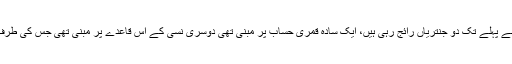
اس لیے کہ عرب میں حجۃ الوداع سے پہلے تک دو جنتریاں رائج رہی ہیں، ایک سادہ قمری حساب پر مبنی تھی دوسری نسی کے اس قاعدے پر مبنی تھی جس کی طرف آگے اسی سورہ میں اشارہ آئے گا۔